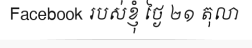
Facebook របស់ខ្ញុំ ថ្ងៃ ២១ តុលា